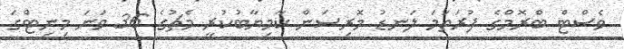
ވެސްޓް ބްރޮމްގެ ފުރަތަމަ ލަނޑު މޮރިސަން ކާމިޔާބުކުރީ މެޗުގެ 36 ވަނަ މިނިޓްގަ